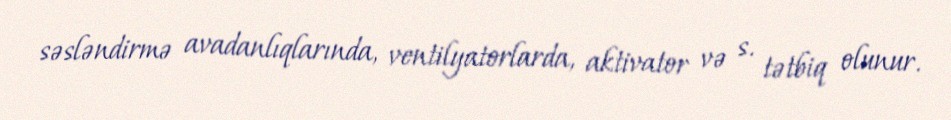
səsləndirmə avadanlıqlarında, ventilyatorlarda, aktivator və s. tətbiq olunur.